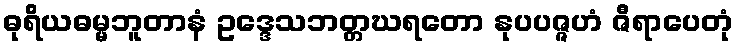
ဓုရိယဓမ္မဘူတာနံ ဥဒ္ဒေသဘတ္တဃရတော နုပပဇ္ဇဟံ ဇီရာပေတုံ